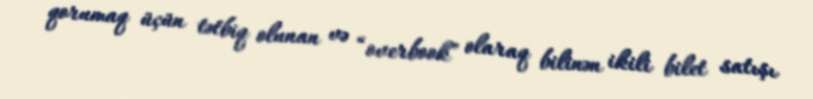
qorumaq üçün tətbiq olunan və “overbook” olaraq bilinən ikili bilet satışı